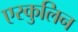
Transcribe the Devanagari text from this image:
एस्कुलिन